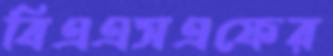
বিএএসএফের